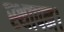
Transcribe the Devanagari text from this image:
स्थापन।